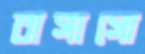
বাসাসো